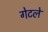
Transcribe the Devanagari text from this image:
गेटले